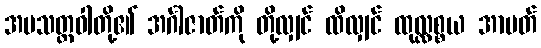
အမသတ္တဝါတို့၏ အင်္ဂါဇာတ်ကို တို့လျှင် ထိလျှင် ထုလ္လစ္စယ အာပတ်